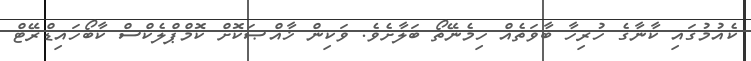
ކެއުމުގައި ކާނާގެ ހުރިހާ ބާވަތެއް ހިމެނޭތޯ ބަލާށެވެ. ވަކިން ޚާއްޞަކޮށް ކޮމްޕްލެކްސް ކާބޯހައިޑްރޭޓް